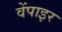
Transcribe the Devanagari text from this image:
वेंपाइर